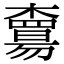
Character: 𣝻